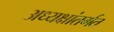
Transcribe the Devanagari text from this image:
अध्यक्षांतर्गत